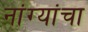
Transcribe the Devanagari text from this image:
नांग्यांचा